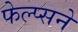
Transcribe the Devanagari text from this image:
फेल्प्सने